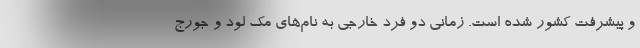
و پیشرفت کشور شده است. زمانی دو فرد خارجی به نام‌های مک لود و جورج